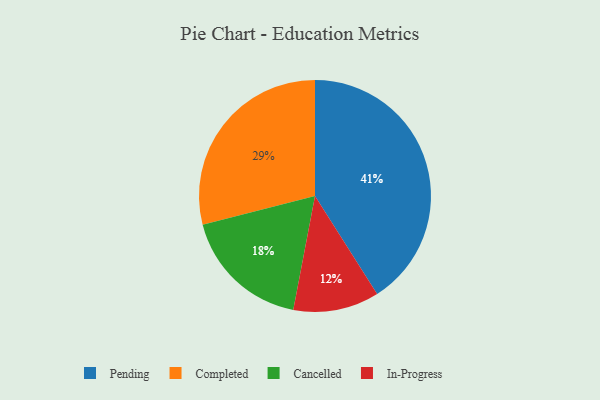
{"axis": {"x": "Category", "y": "Percentage"}, "legend": ["Cancelled", "Completed", "In-Progress", "Pending"], "data": [{"x": "Cancelled", "y": 18, "type": "Cancelled"}, {"x": "In-Progress", "y": 12, "type": "In-Progress"}, {"x": "Completed", "y": 29, "type": "Completed"}, {"x": "Pending", "y": 41, "type": "Pending"}]}